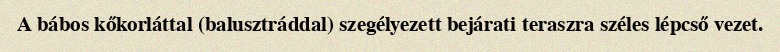
A bábos kőkorláttal (balusztráddal) szegélyezett bejárati teraszra széles lépcső vezet.